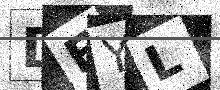
Text: DEYL